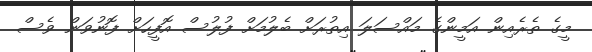
މީގެ ތެރެއިން އަމީންގެ މައްސަލަ އިތުރަށް ބެލުމަށް ފުލުސް އޮފީހަށް ފޮނުވަން ވެސް